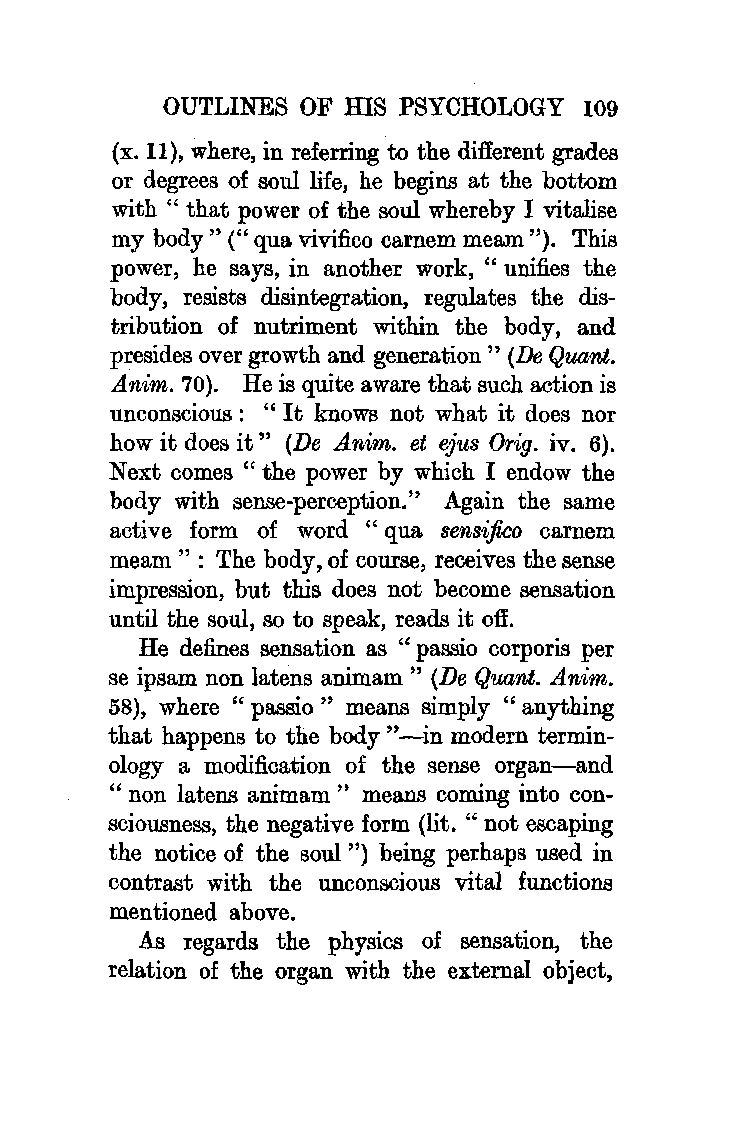
OUTLINES OF HIS PSYCHOLOGY  109
 (x. 11), where, in referring to the different grades
 or degrees of soul life, he begins at the bottom
 with " that power of the soul whereby I vitalise
 my body " (" qua vivifico carnem meam "). This
 power, he says, in another work, "unifies the
 body, resists disintegration, regulates the dis
 tribution of nutriment within the body, and
 presides over growth and generation " (De Quant.
 Anim. 70). He is quite aware that such action is
 unconscious : " It knows not what it does nor
 how it does it" (De A.nim. et ejus Orig. iv. 6).
 Next comes " the power by which I endow the
 body with sense-perception." Again the same
 active form of word "qua sensiftco carnem
 meam " : The body, of course, receives the sense
 impression, but this does not become sensation
 until the soul, so to speak, reads it off.
 He defines sensation as " passio corporis per
 se ipsam non latens animam" (De Quant. A.nim.
 58), where " passio " means simply " anything
 that happens to the body "-in modern termin
 ology a modification of the sense organ-and
 "non latens animam" means coming into con
 sciousness, the negative form (lit. " not escaping
 the notice of the soul") being perhaps used in
 contrast with the unconscious vital functions
 mentioned above.
 As regards the physics of sensation, the
 relation of the organ with the external object,